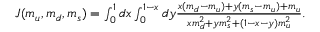
\begin{array} { r } { J ( m _ { u } , m _ { d } , m _ { s } ) = \int _ { 0 } ^ { 1 } d x \int _ { 0 } ^ { 1 - x } d y \frac { x ( m _ { d } - m _ { u } ) + y ( m _ { s } - m _ { u } ) + m _ { u } } { x m _ { d } ^ { 2 } + y m _ { s } ^ { 2 } + ( 1 - x - y ) m _ { u } ^ { 2 } } . } \end{array}